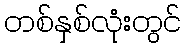
တစ်နှစ်လုံးတွင်